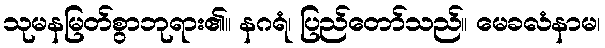
သုမနမြတ်စွာဘုရား၏။ နဂရံ၊ ပြည်တော်သည်။ မေခလံနာမ၊